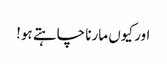
اور کیوں مارنا چاہتے ہو!